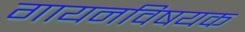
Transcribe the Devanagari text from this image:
गायनविषयक